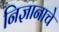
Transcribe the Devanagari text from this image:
निज्ञानाचे